Lunatic asylums Punjab 1881-1894 - 1881-1894
Year: 1881
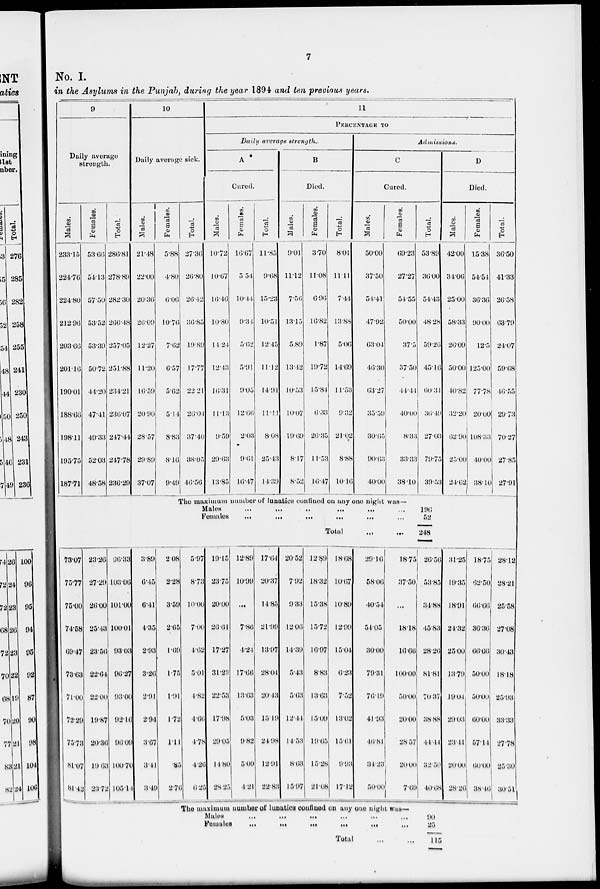
No. I.
in the Asylums in the Punjab, during the year 1894 and ten previous years.
9
Daily average
strength.
Males.
233.15
224.76
224.80
212.96
203.66
201.16
190.01
188.66
198.11
195.75
187.71
Females.
53.66
54.13
57.50
53.52
53.39
50.72
44.20
47.41
49.33
52.03
48.58
Total.
286.81
278.89
282.30
266.48
257.05
251.88
234.21
236.07
247.44
247.78
236.29
10
Daily average sick.
Males.
21.48
22.00
20.36
26.09
12.27
11.20
16.59
20.90
28.57
29.89
37.07
Females.
5.88
4.80
6.06
10.76
7.62
6.57
5.62
5.14
8.83
8.16
9.49
73.07
75.77
75.00
74.58
69.47
73.63
71.00
72.29
75.73
8l.07
8l.42
23.26
27.29
26.00
25.43
23.56
22.64
22.00
19.87
20.36
l9.63
23.72
96.33
103.06
101.00
100.01
93.03
96.27
93.00
92.16
96.09
100.70
105.14
3.89
6.45
6.41
4.35
2.93
3.26
2.91
2.94
3.67
3.41
3.49
2.08
2.28
3.59
2.65
1.69
1.75
1.91
1.72
1.11
.85
2.76
Total.
27.36
26.80
20.42
36.85
19.89
17.77
22.21
26.04
37.40
38.05
46.56
11
PERCENTAGE TO
Daily average strength..
A
Cured.
Males.
10.72
10.67
16.46
10.80
14.24
12.43
16.31
11.13
9.59
29.63
13.85
Females.
16.67
5.54
10.44.
9.34
5.62
5.91
9.05
12.66
2.03
9.61
16.47
Total.
11.85
9.68
15.23
10.51
12.45
11.12
14.94
11.11
8.08
25.43
14.39
B
Died.
Males.
9.01
11.12
7.56
13.15
5.89
13.42
10.53
10.07
19.69
8.17
8.52
Females.
3.70
11.08
6.96
16.82
1.87
19.72
15.84
6.33
26.35
11.53
16.47
Total.
8.01
11.11
7.44
13.88
5.06
14.69
11.53
9.32
21.02
8.88
10.16
Administrations.
C
Cured.
Males.
50.00
37.50
54.41
47.92
63.04
46.30
63.27
35.59
30.65
90.63
40.00
Females.
69.23
27.27
54.55
50.00
37.5
37.50
44.44
40.00
8.33
33.33
38.10
Total.
53.89
36.00
54.43
48.28
59.26
45.16
60.31
36.49
27.03
79.75
39.53
The maximum number of lunatics confined on any one night was—
Males ... ... ... ... ... ...
Females ... ...
...
...
...
...
Total ... ...
5.97
8.73
10.00
7.00
4.62
5.01
4.82
4.66
4.78
4.26
6.25
19.15
23.75
20.00
26.61
17.27
31.23
22.53
17.98
29.05
14.80
28.25
12.89
10.99
...
7.86
4.24
17.66
13.63
5.03
9.82
5.09
4.21
17.64
20.37
14.85
21.99
13.97
28.01
20.43
15.19
24.98
12.91
22.83
20.52
7.92
9.33
12.00
14.39
5.43
5.63
12.44
14.53
8.63
15.97
12.89
18.32
15.38
15.72
16.97
8.83
13.63
15.09
19.65
15.28
21.08
18.68
10.67
10.89
12.99
15.04
6.23
7.52
13.02
15.61
9.93
17.12
29.16
58.06
40.54
54.05
30.00
79.31
76.19
41.93
46.81
31.23
50.00
18.75
37.50
...
18.18
16.66
100.00
50.00
20.00
28.57
20.00
7.69
196
52
248
26.56
53.85
34.88
45.83
28.26
81.81
70.37
38.88
44.44
32.50
40.68
The maximum number of lunatics confined on any one night was—
Males
...
...
... ... ... ...
Females
...
...
...
...
...
...
Total
...
...
90
25
115
D
Died.
Males.
42.00
34.06
25.00
58.33
26.09
50.00
40.82
32.20
62.90
25.00
24.62
Females.
15.38
54.54
36.36
90.00
12.5
125.00
77.78
20.00
108.33
40.00
38.10
Total.
36.50
41.33
26.58
63.79
24.07
59.68
46.55
29.73
70.27
27.85
27.91
31.25
19.35
18.91
24.32
25.00
13.79
19.04
29.03
23.44
20.00
28.26
18.75
62.50
66.66
36.36
66.66
50.00
50.00
60.00
57.14
60.00
38.46
28.12
28.21
25.58
27.08
30.43
18.18
25.93
33.33
27.78
25.30
30.51